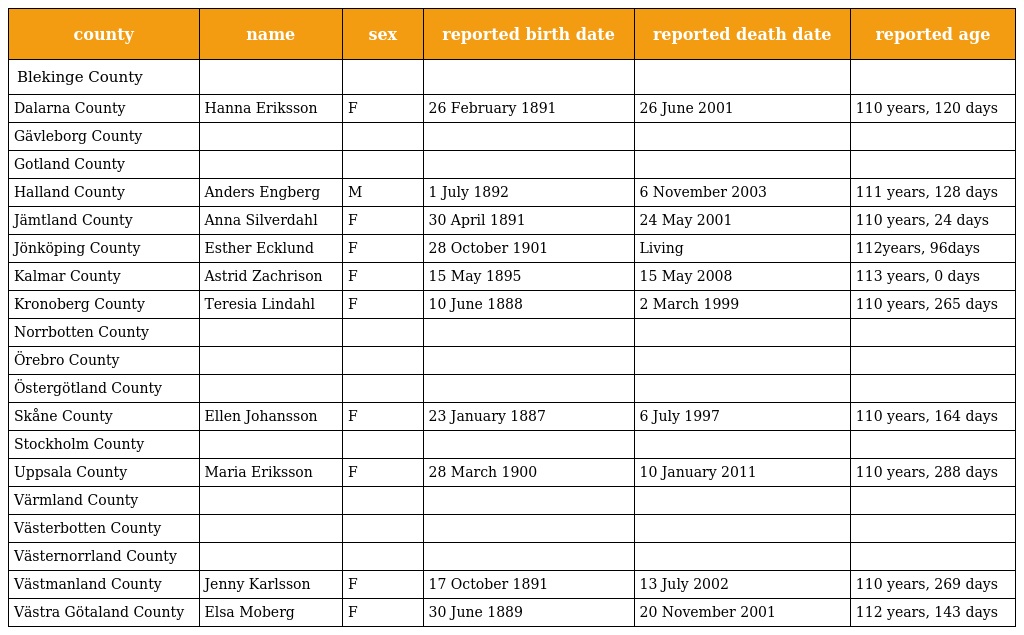
| county | name | sex | reported birth date | reported death date | reported age |
 | --- | --- | --- | --- | --- | --- |
 | Blekinge County |  |  |  |  |  |
 | Dalarna County | Hanna Eriksson | F | 26 February 1891 | 26 June 2001 | 110 years, 120 days |
 | Gävleborg County |  |  |  |  |  |
 | Gotland County |  |  |  |  |  |
 | Halland County | Anders Engberg | M | 1 July 1892 | 6 November 2003 | 111 years, 128 days |
 | Jämtland County | Anna Silverdahl | F | 30 April 1891 | 24 May 2001 | 110 years, 24 days |
 | Jönköping County | Esther Ecklund | F | 28 October 1901 | Living | 112years, 96days |
 | Kalmar County | Astrid Zachrison | F | 15 May 1895 | 15 May 2008 | 113 years, 0 days |
 | Kronoberg County | Teresia Lindahl | F | 10 June 1888 | 2 March 1999 | 110 years, 265 days |
 | Norrbotten County |  |  |  |  |  |
 | Örebro County |  |  |  |  |  |
 | Östergötland County |  |  |  |  |  |
 | Skåne County | Ellen Johansson | F | 23 January 1887 | 6 July 1997 | 110 years, 164 days |
 | Stockholm County |  |  |  |  |  |
 | Uppsala County | Maria Eriksson | F | 28 March 1900 | 10 January 2011 | 110 years, 288 days |
 | Värmland County |  |  |  |  |  |
 | Västerbotten County |  |  |  |  |  |
 | Västernorrland County |  |  |  |  |  |
 | Västmanland County | Jenny Karlsson | F | 17 October 1891 | 13 July 2002 | 110 years, 269 days |
 | Västra Götaland County | Elsa Moberg | F | 30 June 1889 | 20 November 2001 | 112 years, 143 days |